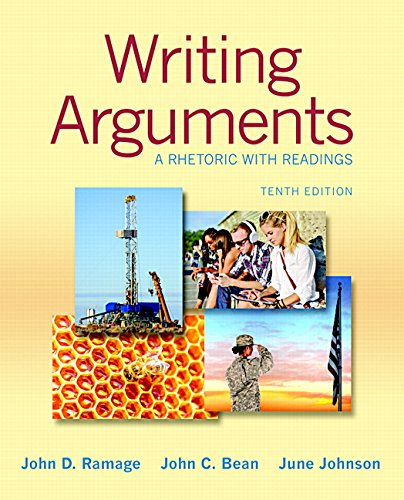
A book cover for Writing Arguments: A Rhetoric with Readings (10th Edition); John D. Ramage; Reference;